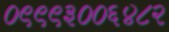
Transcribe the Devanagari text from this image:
०९९९३००६४८२